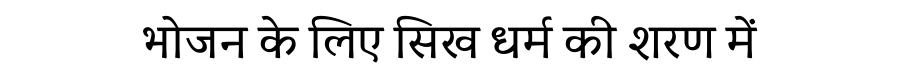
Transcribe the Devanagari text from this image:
भोजन के लिए सिख धर्म की शरण में